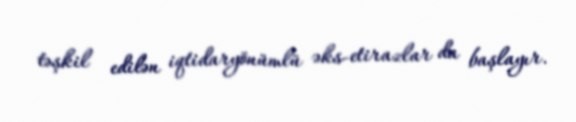
təşkil edilən iqtidaryönümlü əks-etirazlar da başlayır.